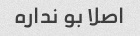
اصلا بو نداره